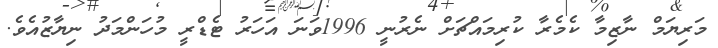
މަރިޔަމް ނާޒިމާ ކެމެރާ ކުރިމައްޗަށް ނެރުނީ 1996ވަނަ އަހަރު ޓެޑްރީ މުހަންމަދު ނިޔާޒުއެވެ.